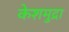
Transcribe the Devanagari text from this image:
केशमुद्रा